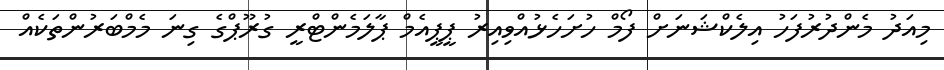
މިއަދު މެންދުރުފަހު އިލެކްޝަނަށް ފޯމް ހުށަހެޅުއްވިއިރު ޕީޕީއެމް ޕާލަމެންޓްރީ ގުރޫޕްގެ ގިނަ މެމްބަރުންތަކެއް